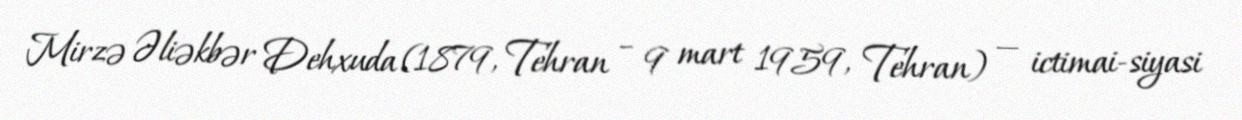
Mirzə Əliəkbər Dehxuda (1879, Tehran – 9 mart 1959, Tehran) — ictimai-siyasi